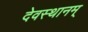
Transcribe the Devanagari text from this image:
देवस्थानम्